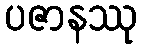
ပဇာနဿု